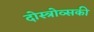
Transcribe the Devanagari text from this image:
दोस्त्रोव्सकी